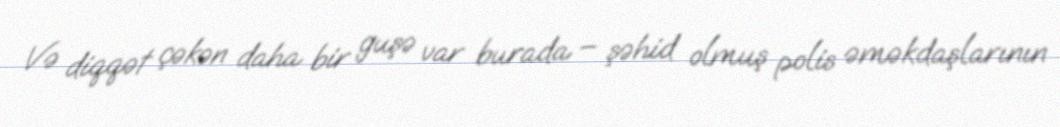
Və diqqət çəkən daha bir guşə var burada – şəhid olmuş polis əməkdaşlarının